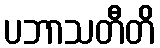
ပဘာသတီတိ